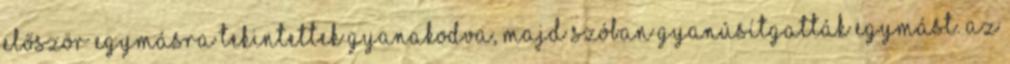
először egymásra tekintettek gyanakodva, majd szóban gyanúsítgatták egymást. Az